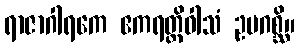
ရာဇာဂါရကေ ဧကရတ္တိဝါသံ ဥပဂစ္ဆိ။